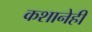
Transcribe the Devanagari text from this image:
कशानेही